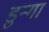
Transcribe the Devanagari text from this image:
डुन्गा